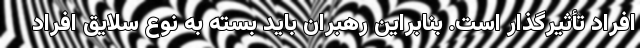
افراد تأثیرگذار است. بنابراین رهبران باید بسته به نوع سلایق افراد